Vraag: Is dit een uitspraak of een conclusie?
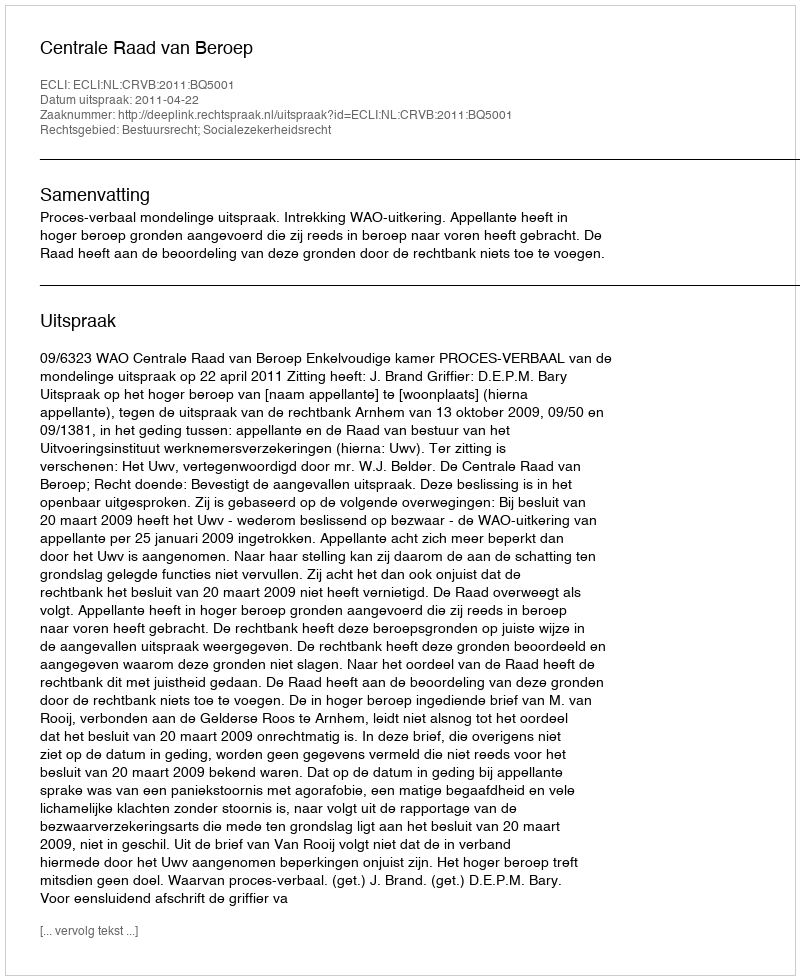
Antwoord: Uitspraak